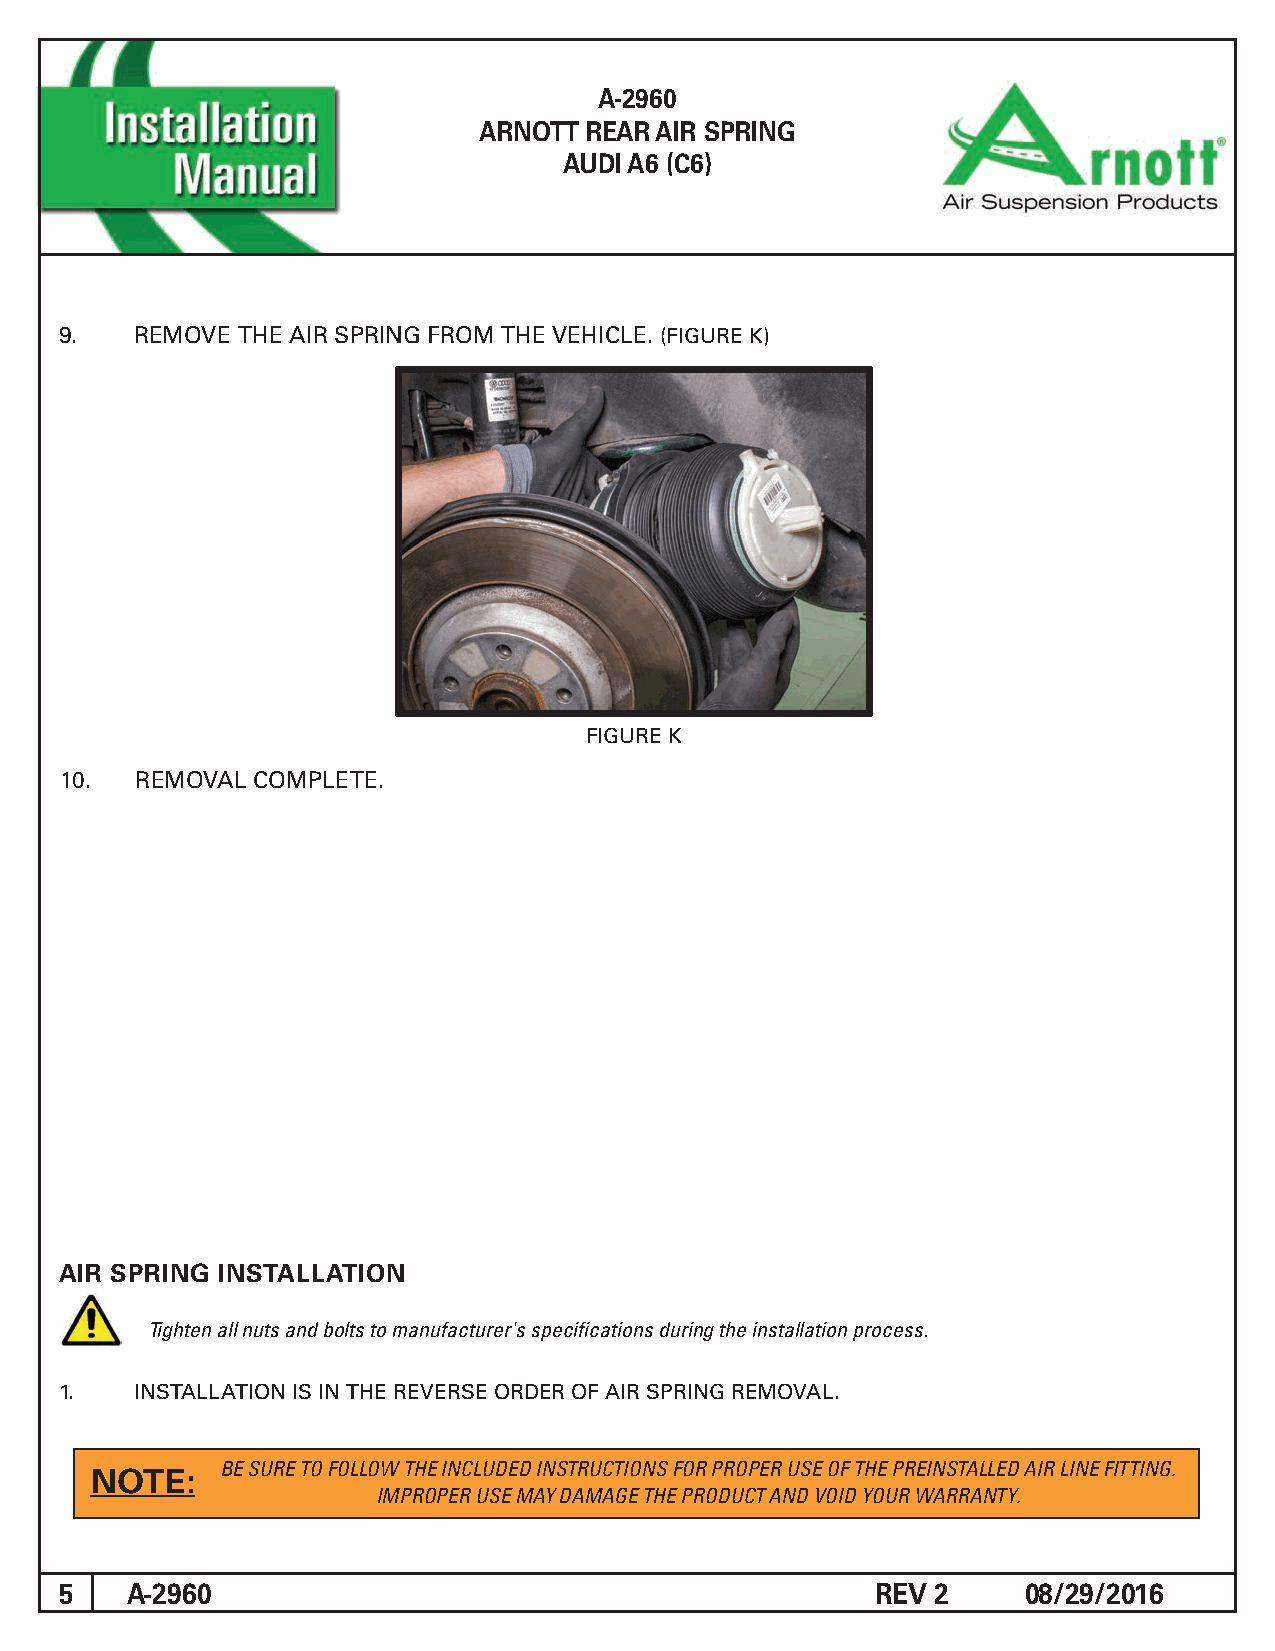
A-2960
 ARNOTT REAR AIR SPRING
 AUDI A6 (C6)
 9.   REMOVE THE AIR SPRING FROM THE VEHICLE. (FIGURE K)
 FIGURE K
 10.  REMOVAL COMPLETE.
 AIR SPRING INSTALLATION
 Tighten all nuts and bolts to manufacturer's specifications during the installation process.
 1.   INSTALLATION IS IN THE REVERSE ORDER OF AIR SPRING REMOVAL.
 NOTE:
 BE SURE TO FOLLOW THE INCLUDED INSTRUCTIONS FOR PROPER USE OF THE PREINSTALLED AIR LINE FITTING.
 IMPROPER USE MAY DAMAGE THE PRODUCT AND VOID YOUR WARRANTY.
 5   A-2960                                            REV 2     08/29/2016